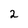
Character: 2